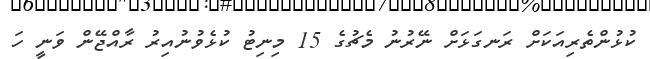
ކުޅުންތެރިއަކަށް ރަނގަޅަށް ނޭރުނު މެޗުގެ 15 މިނިޓު ކުޅެވުނުއިރު ރާއްޖޭން ވަނީ ހަ